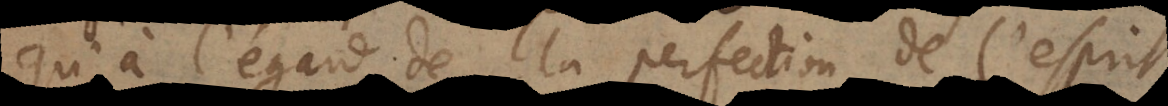
qu’à l’égard de la perfection de l’esprit